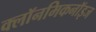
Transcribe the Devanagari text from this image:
क्लॉनमिकनॉइज